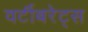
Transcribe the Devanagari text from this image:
वर्टीबरेट्स